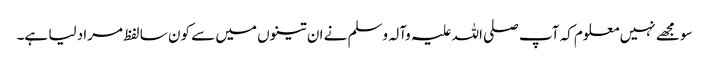
سو مجھے نہیں معلوم کہ آپ صلی اللہ علیہ وآلہ وسلم نے ان تینوں میں سے کون سا لفظ مراد لیا ہے۔